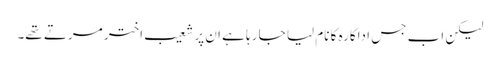
لیکن اب جس اداکارہ کا نام لیا جا رہا ہے ان پر شعیب اختر مرتے تھے۔